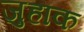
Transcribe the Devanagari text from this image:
जुहाक